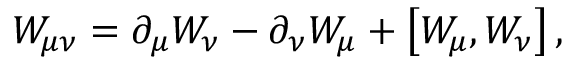
W _ { \mu \nu } = \partial _ { \mu } W _ { \nu } - \partial _ { \nu } W _ { \mu } + \left[ W _ { \mu } , W _ { \nu } \right] ,